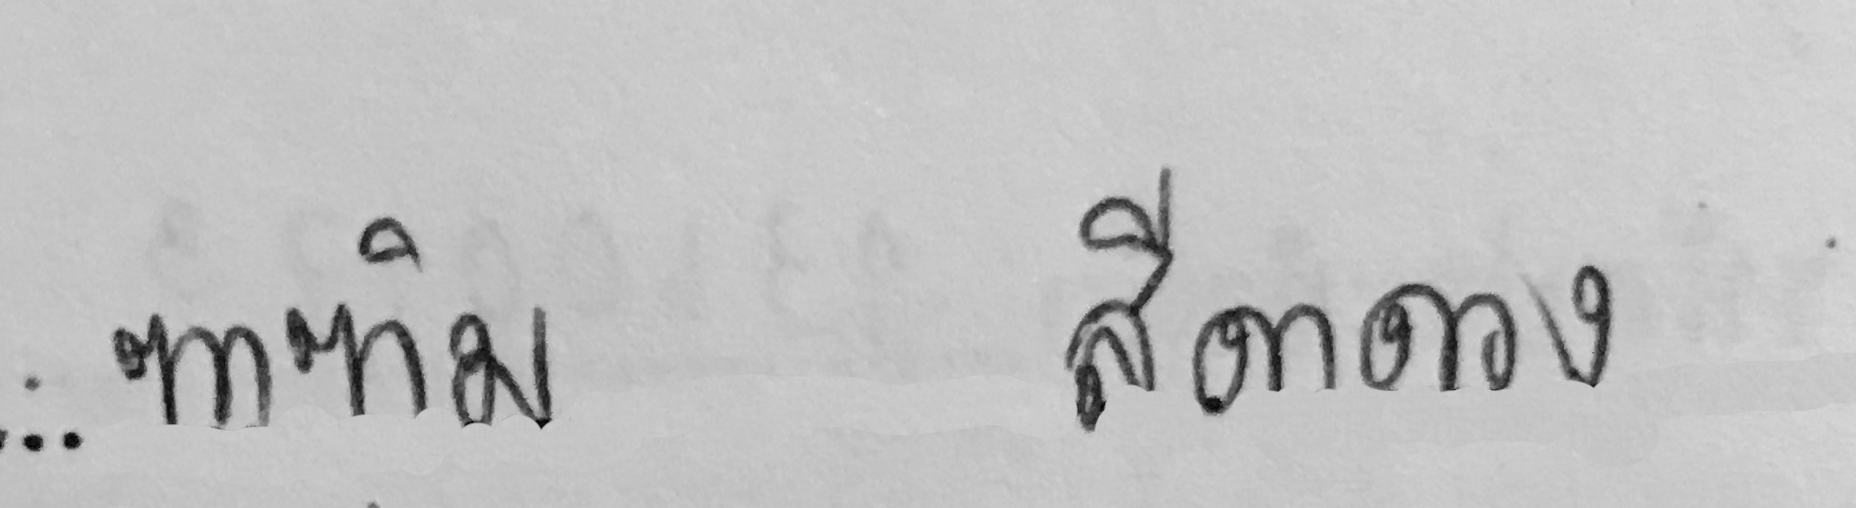
ฑาฑิม สีดาดวง